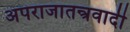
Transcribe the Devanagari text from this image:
अपराजातन्त्रवादी